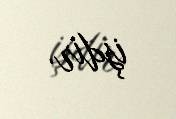
işdir.